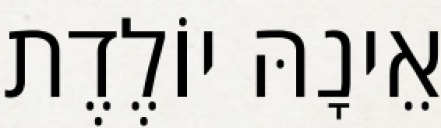
אֵינָהּ יוֹלֶדֶת